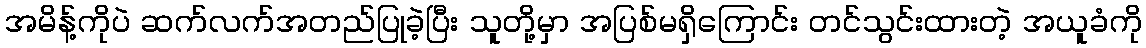
အမိန့်ကိုပဲ ဆက်လက်အတည်ပြုခဲ့ပြီး သူတို့မှာ အပြစ်မရှိကြောင်း တင်သွင်းထားတဲ့ အယူခံကို